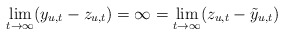
\begin{align*}\lim_{t\to\infty}(y_{u,t}-z_{u,t})=\infty=\lim_{t\to\infty}(z_{u,t}-\tilde y_{u,t})\end{align*}